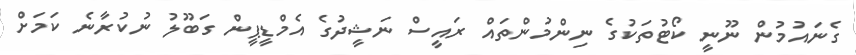
ގެނައުމުން ނޫނީ ކޯޓުތަކުގެ ނިންމުންތައް ރައީސް ނަޝީދުގެ އެމްޑީޕީން ގަބޫލު ނުކުރާނެ ކަމަށް